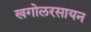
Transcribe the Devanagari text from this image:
खगोलरसायन